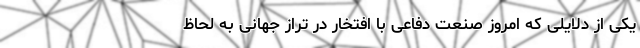
یکی از دلایلی که امروز صنعت دفاعی با افتخار ‌در تراز جهانی به لحاظ